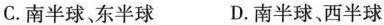
C.南半球、东半球 D.南半球、西半球